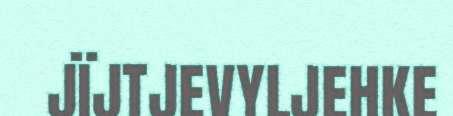
JÏJTJEVYLJEHKE